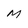
Character: M